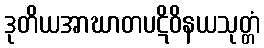
ဒုတိယအာဃာတပဋိဝိနယသုတ္တံ